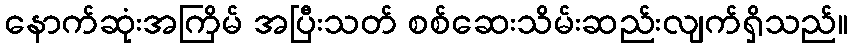
နောက်ဆုံးအကြိမ် အပြီးသတ် စစ်ဆေးသိမ်းဆည်းလျက်ရှိသည်။